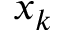
x _ { k }